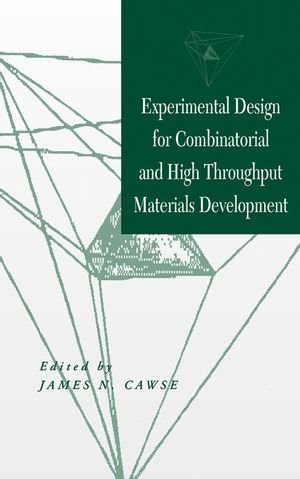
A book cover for Experimental Design for Combinatorial and High Throughput Materials Development; Engineering & Transportation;